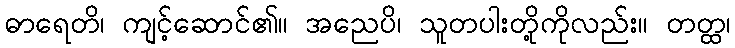
ဓာရေတိ၊ ကျင့်ဆောင်၏။ အညေပိ၊ သူတပါးတို့ကိုလည်း။ တတ္ထ၊